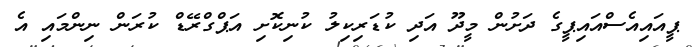
ޕީއައިއެސްއައިޕީގެ ދަށުން މީދޫ އަދި ކުޑަރިކިލު ކުނިކޮށި އަޕްގްރޭޑް ކުރަން ނިންމައި އެ